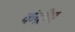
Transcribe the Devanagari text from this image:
कंद्रीय